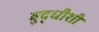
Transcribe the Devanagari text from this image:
बुद्धीशी